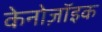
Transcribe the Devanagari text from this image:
केनोज़ॉइक